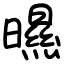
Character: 㬤